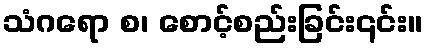
သံဂရော စ၊ စောင့်စည်းခြင်း၎င်း။